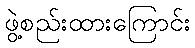
ဖွဲ့စည်းထားကြောင်း